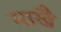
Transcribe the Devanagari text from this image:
माखै